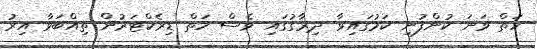
ހަތް ވަނަ ކުންފުނި ކަމުގައިވާ ދިރާގުގައި ވެސް ހަތް ޑިރެކްޓަރުން ތިއްބަވާ އިރު